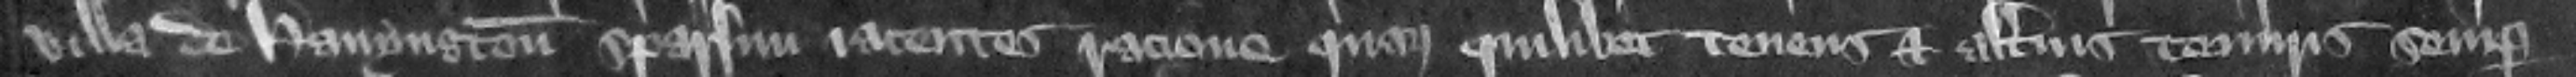
villa de Hanyngton sparsim iacent racione quarum quilibet tenens in alterius tenuris semper